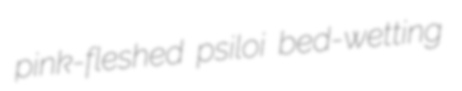
pink-fleshed psiloi bed-wetting